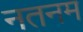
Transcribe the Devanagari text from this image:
नतनम